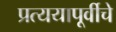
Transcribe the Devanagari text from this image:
प्रत्ययापूर्वीचे